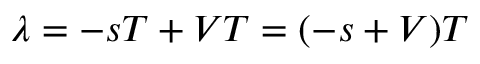
\lambda = - s T + V T = ( - s + V ) T